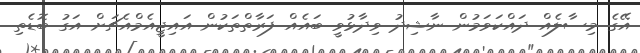
އޭގެ މިސާލެއް ދައްކަވަމުން ނާޝިދު ވިދާޅުވީ ބައެއް ފަރާތްތަކުން އައިޖީއެމްއެޗަށް އަގު ބޮޑެތި